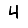
Digit: 4